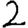
Digit: 2